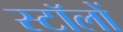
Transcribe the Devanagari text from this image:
स्टॉलों